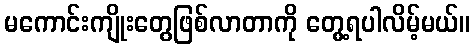
မကောင်းကျိုးတွေဖြစ်လာတာကို တွေ့ရပါလိမ့်မယ်။